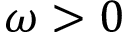
\omega > 0